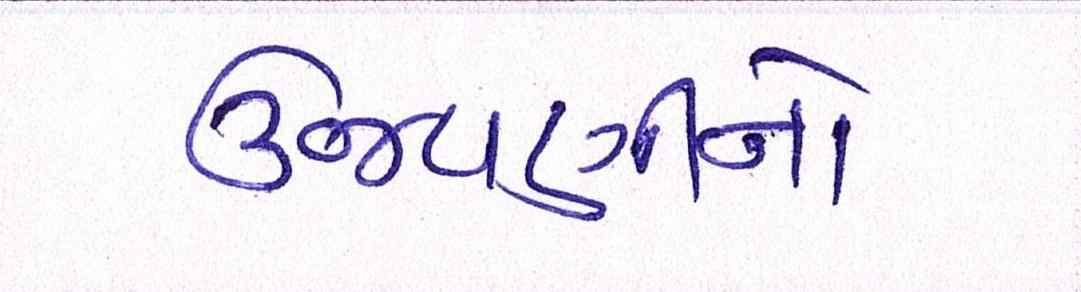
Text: ઉજવણીનો